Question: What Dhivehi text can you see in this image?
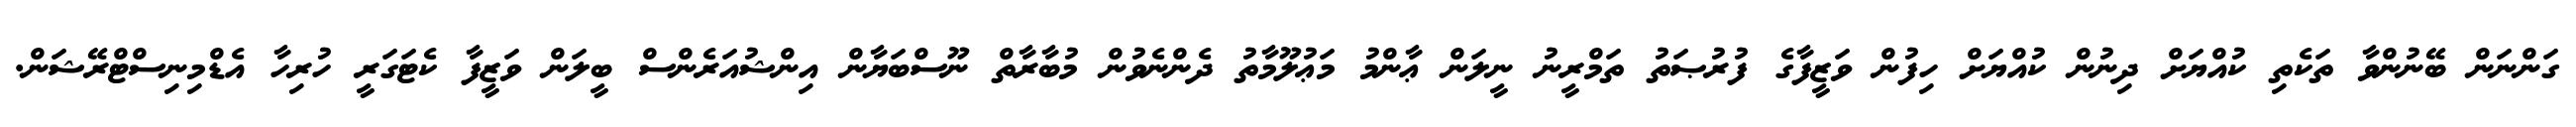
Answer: ގަންނަން ބޭނުންވާ ތަކެތި ކުއްޔަށް ދިނުން ކުއްޔަށް ހިފުން ވަޒީފާގެ ފުރުޞަތު ތަމްރީނު ނީލަން ޢާންމު މަޢުލޫމާތު ދެންނެވުން މުބާރާތް ނޫސްބަޔާން އިންޝުއަރެންސް ބީލަން ވަޒީފާ ކެޓަގަރީ ހުރިހާ އެޑްމިނިސްޓްރޭޝަން.